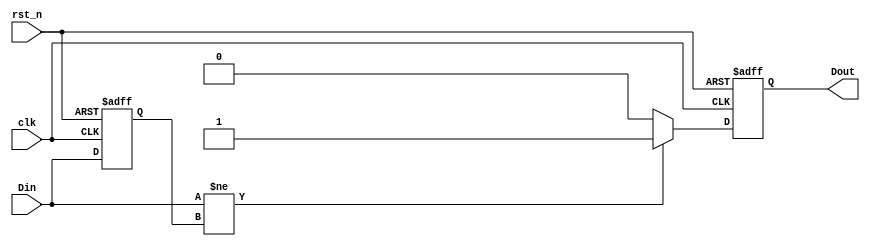
module differential_edge_detector (
    input wire clk,          // Clock signal
    input wire rst_n,       // Active low reset signal
    input wire Din,         // Input signal to be monitored
    output reg Dout         // Output signal indicating edge detection
);

    reg previous_state;     // Memory block to store the previous state of Din

    // Initialization and edge detection logic
    always @(posedge clk or negedge rst_n) begin
        if (!rst_n) begin
            // Reset condition
            previous_state <= 1'b0; // Initialize memory block to low
            Dout <= 1'b0;            // Initialize output to low
        end else begin
            // Edge detection logic
            if (Din != previous_state) begin
                // Edge detected
                Dout <= 1'b1; // Set output high on edge detection
            end else begin
                Dout <= 1'b0; // No edge detected
            end
            
            // Update memory block with current input
            previous_state <= Din;
        end
    end

endmodule